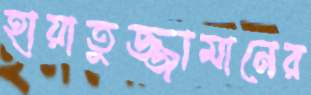
হায়াতুজ্জামানের